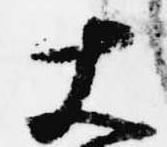
大